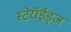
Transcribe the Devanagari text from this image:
स्टेरॉईड्ज